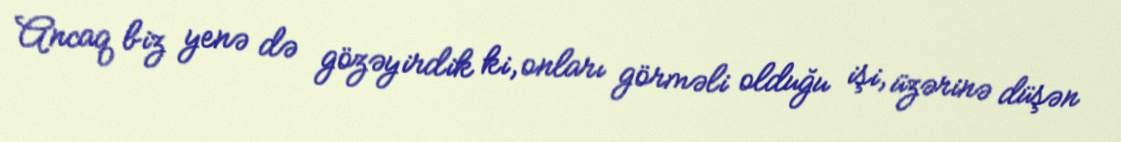
Ancaq biz yenə də gözəyirdik ki, onları görməli olduğu işi, üzərinə düşən